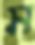
স